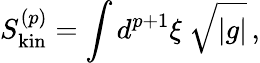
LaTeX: S_{\mathrm{kin}}^{(p)}=\int d^{p+1}\xi\ \sqrt{|g|}\, ,